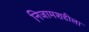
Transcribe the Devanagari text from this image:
निजामशहीला